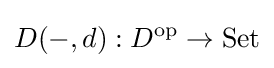
D(-,d):D^{\mathrm {op} }\to \mathrm {Set}